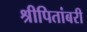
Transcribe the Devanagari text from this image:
श्रीपितांबरी